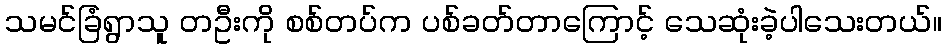
သမင်ခြံရွာသူ တဦးကို စစ်တပ်က ပစ်ခတ်တာကြောင့် သေဆုံးခဲ့ပါသေးတယ်။